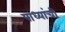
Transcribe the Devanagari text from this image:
पाध्यांची